Vaccination in Burma 1920-1933 - 1920-1933
Year: 1920
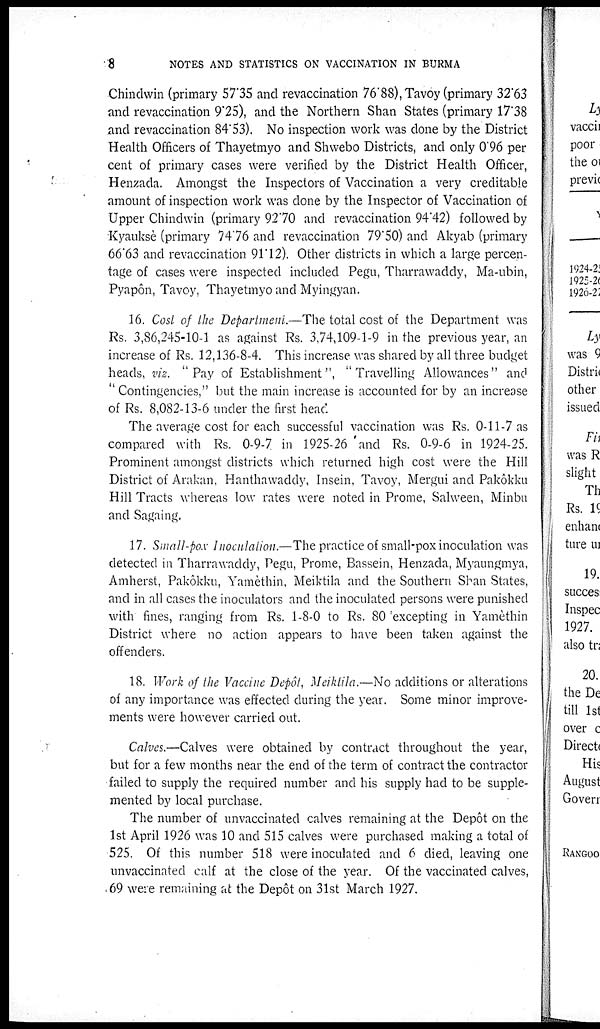
8
NOTES AND STATISTICS ON VACCINATION IN BURMA
Chindwin (primary 57.35 and revaccination 76.88), Tavoy (primary 32.63
and revaccination 9.25), and the Northern Shan States (primary 17.38
and revaccination 84.53). No inspection work was done by the District
Health Officers of Thayetmyo and Shwebo Districts, and only 0'96 per
cent of primary cases were verified by the District Health Officer,
Henzada. Amongst the Inspectors of Vaccination a very creditable
amount of inspection work was done by the Inspector of Vaccination of
Upper Chindwin (primary 92.70 and revaccination 94.42) followed by
Kyauksè (primary 74.76 and revaccination 79.50) and Akyab (primary
66.63 and revaccination 91.12). Other districts in which a large percen-
tage of cases were inspected included Pegu, Tharrawaddy, Ma-ubin,
Pyapôn, Tavoy, Thayetmyo and Myingyan.
16. Cost of the Department.—The total cost of the Department was
Rs. 3,86,245-10-1 as against Rs. 3,74,109-1-9 in the previous year, an
increase of Rs. 12,136-8-4. This increase was shared by all three budget
heads, viz. "Pay of Establishment", "Travelling Allowances" and
" Contingencies," but the main increase is accounted for by an increase
of Rs. 8,082-13-6 under the first head.
The average cost for each successful vaccination was Rs. 0-11-7 as
compared with Rs. 0-9-7 in 1925-26 'and Rs. 0-9-6 in 1924-25.
Prominent amongst districts which returned high cost were the Hill
District of Arakan, Hanthawaddy, Insein, Tavoy, Mergui and Pakôkku
Hill Tracts whereas low rates were noted in Prome, Salween, Minbu
and Sagaing.
17. Small-pox Inoculation.—The practice of small-pox inoculation was
detected in Tharrawaddy, Pegu, Prome, Bassein, Henzada, Myaungmya,
Amherst, Pakôkku, Yamèthin, Meiktila and the Southern Shan States,
and in all cases the inoculators and the inoculated persons were punished
with fines, ranging from Rs. 1-8-0 to Rs. 80 excepting in Yamèthin
District where no action appears to have been taken against the
offenders.
18. Work of the Vaccine Depôt, Meiktila.—No additions or alterations
of any importance was effected during the year. Some minor improve-
ments were however carried out.
Calves.—Calves were obtained by contract throughout the year,
but for a few months near the end of the term of contract the contractor
failed to supply the required number and his supply had to be supple-
mented by local purchase.
The number of unvaccinated calves remaining at the Depôt on the
1st April 1926 was 10 and 515 calves were purchased making a total of
525. Of this number 518 were inoculated and 6 died, leaving one
unvaccinated calf at the close of the year. Of the vaccinated calves,
69 were remaining at the Depôt on 31st March 1927.